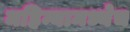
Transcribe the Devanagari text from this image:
महिन्यामध्येच